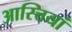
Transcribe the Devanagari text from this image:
आस्त्तियां